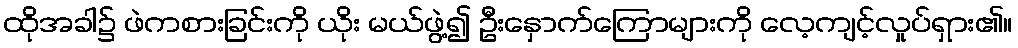
ထိုအခါ၌ ဖဲကစားခြင်းကို ယိုး မယ်ဖွဲ့၍ ဦးနှောက်ကြောများကို လေ့ကျင့်လှုပ်ရှား၏။